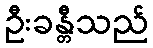
ဦးခန္တီသည်